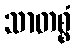
သာတစ္စံ